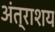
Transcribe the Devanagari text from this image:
अंत्राशय